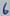
Text: 6